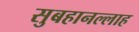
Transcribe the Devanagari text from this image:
सुबहानल्लाह